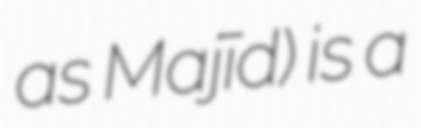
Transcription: as Majīd) is a